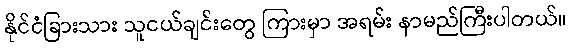
နိုင်ငံခြားသား သူငယ်ချင်းတွေ ကြားမှာ အရမ်း နာမည်ကြီးပါတယ်။